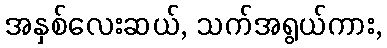
အနှစ်လေးဆယ်, သက်အရွယ်ကား,